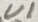
Text: U1